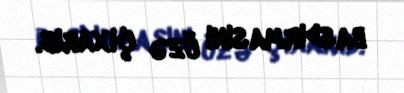
basdırmasını üzə çıxarıb.